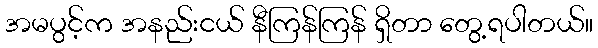
အမပွင့်က အနည်းငယ် နီကြန်ကြန် ရှိတာ တွေ့ရပါတယ်။